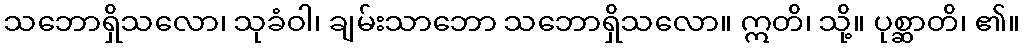
သဘောရှိသလော၊ သုခံဝါ၊ ချမ်းသာဘော သဘောရှိသလော။ ဣတိ၊ သို့။ ပုစ္ဆာတိ၊ ၏။